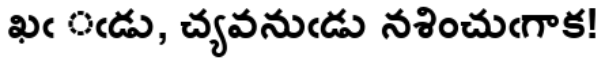
ఖఁ ఁడు, చ్యవనుఁడు నశించుఁగాక!